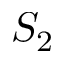
S _ { 2 }